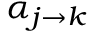
\alpha _ { j \to k }